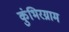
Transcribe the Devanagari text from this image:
कुंभिरग्राम